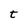
Character: t